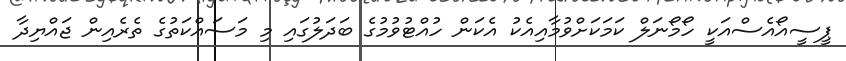
ޕީސީއޯއެސްއަކީ ހޯމޯނަލް ކަމަކަށްވުމާއިއެކު އެކަން ހުއްޓުވުމުގެ ބަދަލުގައި މި މަސައްކަތުގެ ތެރެއިން ޖައްޔިދާ